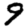
Digit: 9